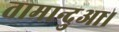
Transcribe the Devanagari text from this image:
तामान्दुआ।